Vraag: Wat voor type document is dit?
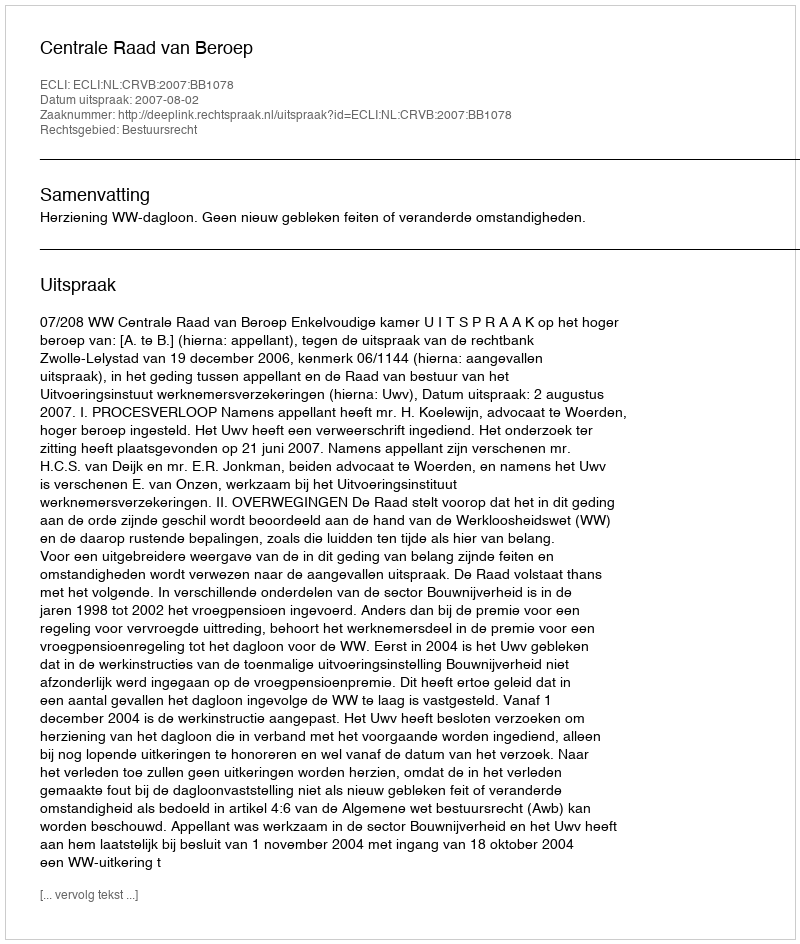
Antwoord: Uitspraak